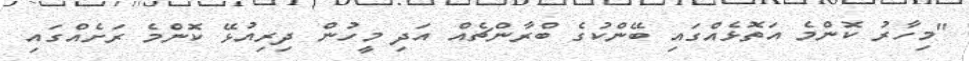
"މިހާރު ކޮންމެ އަތޮޅެއްގައި ބޭންކުގެ ބްރާންޗެއް އަދި މީހުން ދިރިއުޅޭ ކޮންމެ ރަށެއްގައި